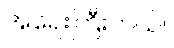
အရေးကြီးတယ်။